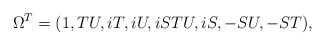
\begin{align*}\Omega^T=(1,TU,iT,iU,iSTU,iS,-SU,-ST),\end{align*}